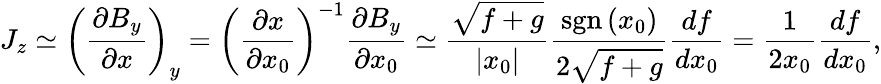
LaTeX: J_{z}\simeq\left(\frac{\partial B_{y}}{\partial x}\right)_{y}=\left(\frac{\partial x}{\partial x_{0}}\right)^{-1}\frac{\partial B_{y}}{\partial x_{0}}\simeq\frac{\sqrt{f+g}}{\left|x_{0}\right|}\frac{\mathrm{sgn}\left(x_{0}\right)}{2\sqrt{f+g}}\frac{df}{dx_{0}}=\frac{1}{2x_{0}}\frac{df}{dx_{0}},